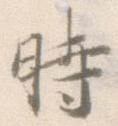
時